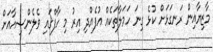
މާޒިޔާއިން ރަނގަޅަށް ކުޅެ ގިނަ ހަމަލާތަކެއް އުފެއްދި އިރު މި ހާފްގައި ވެލެންސިއާއަށް